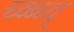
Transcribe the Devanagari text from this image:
च्व्ब्च्व्